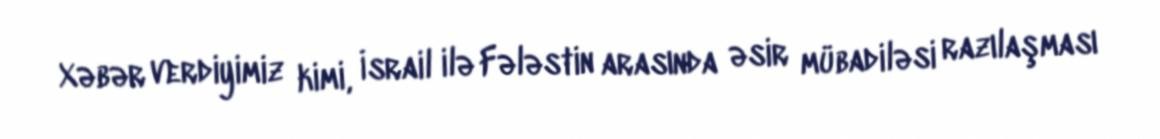
Xəbər verdiyimiz kimi, İsrail ilə Fələstin arasında əsir mübadiləsi razılaşması